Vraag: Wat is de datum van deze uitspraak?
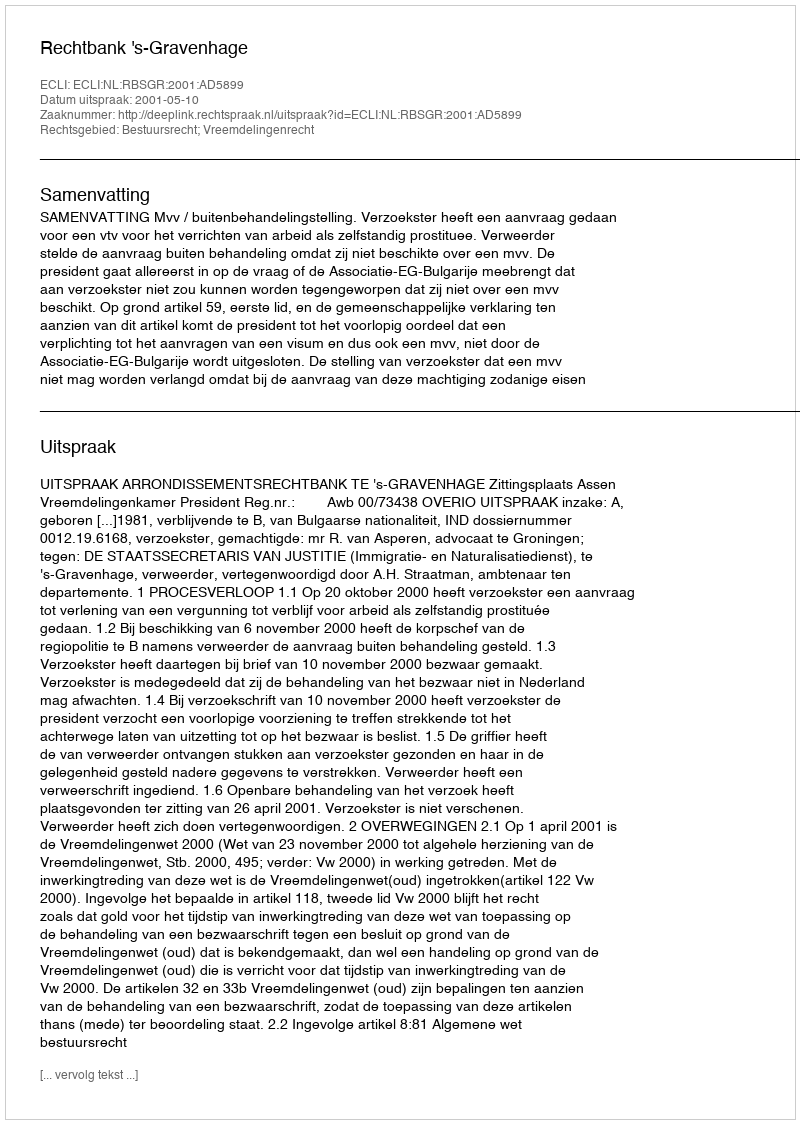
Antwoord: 2001-05-10